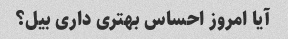
آیا امروز احساس بهتری داری بیل؟